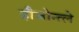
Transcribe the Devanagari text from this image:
हौजोन्त्ले